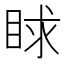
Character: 𥆿